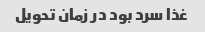
غذا سرد بود در زمان تحویل